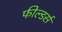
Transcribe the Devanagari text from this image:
फील्डर्स